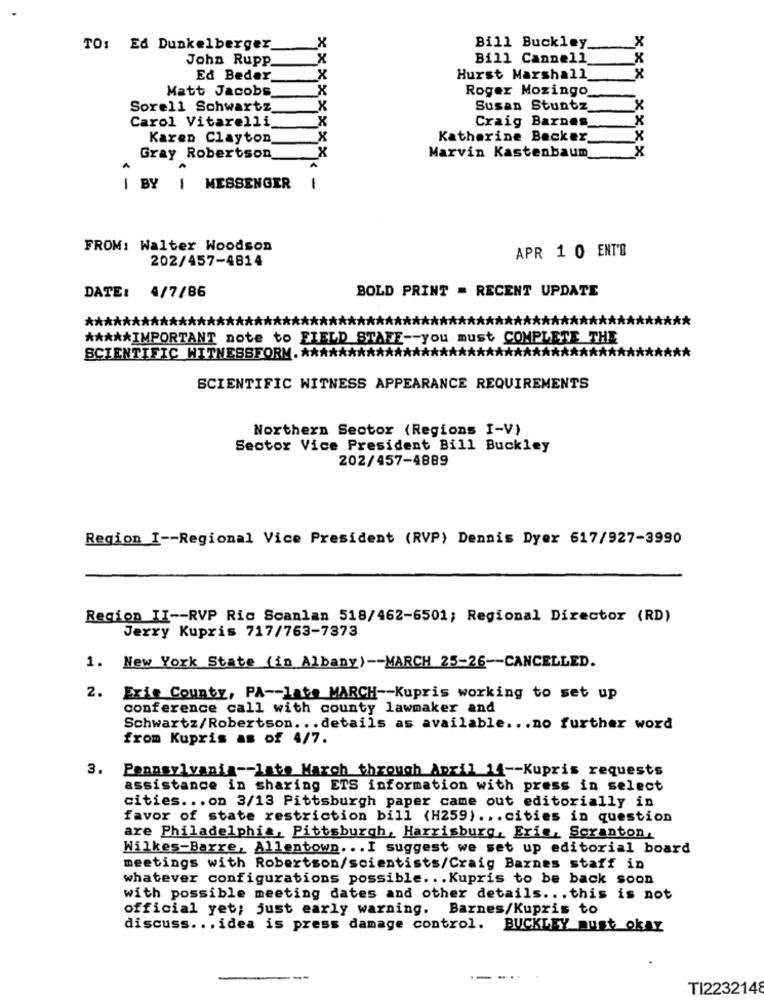
x
TO: Ed Dunkelberger
Bill Buckley
John Rupp
Bill Cannell
Ed Beder
X
Hurst Marshall
Matt Jacobs
X
Roger Mozingo
Sorell Schwartz
X
Susan Stuntz
Carol Vitarelli
X
Craig Barnes
Karen Clayton
X
Katherine Becker
X
Gray Robertson
Marvin Kastenbaum
XXX XXXX
A
| BY | MESSENGER
1
FROM: Walter Woodson
APR 1 0 ENT'S
202/457-4814
DATE: 4/7/86
BOLD PRINT = RECENT UPDATE
*******
***** IMPORTANT note to FIELD STAFF -- you must COMPLETE THE
**********
SCIENTIFIC WITNESSFORM .*************
SCIENTIFIC WITNESS APPEARANCE REQUIREMENTS
Northern Sector (Regions I-V)
Sector Vice President Bill Buckley
202/457-4889
Region I -- Regional Vice President (RVP) Dennis Dyer 617/927-3990
Region II -- RVP Ric Scanlan 518/462-6501; Regional Director (RD)
Jerry Kupris 717/763-7373
1. New York State (in Albany) -- MARCH 25-26-CANCELLED.
2.
Erie County, PA -- late MARCH -- Kupris working to set up
conference call with county lawmaker and
Schwartz/Robertson ... details as available ... no further word
from Kupris as of 4/7.
3.
Pennsylvania -- late March through April 14 -- Kupris requests
assistance in sharing ETS information with press in select
cities ... on 3/13 Pittsburgh paper came out editorially in
favor of state restriction bill (H259) ... cities in question
are Philadelphia, Pittsburgh, Harrisburg, Erie, Scranton,
Wilkes-Barre, Allentown ... I suggest we set up editorial board
meetings with Robertson/scientists/Craig Barnes staff in
whatever configurations possible .. . Kupris to be back soon
with possible meeting dates and other details ... this is not
official yet; just early warning. Barnes/Kupris to
discuss ... idea is press damage control. BUCKLEY must okay
-
-
...
TI2232148